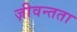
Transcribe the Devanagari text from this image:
ज़ीवन्तता